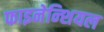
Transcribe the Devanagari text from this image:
फाइनेन्शियल